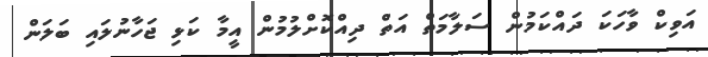
އަވިކް ވާހަކަ ދައްކަމުން ސަލާމަތް އަތް ދިއްކޮށްލުމުން އީމާ ކަޅި ޖަހާނުލައި ބަލަން